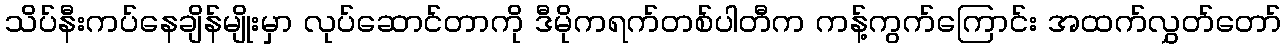
သိပ်နီးကပ်နေချိန်မျိုးမှာ လုပ်ဆောင်တာကို ဒီမိုကရက်တစ်ပါတီက ကန့်ကွက်ကြောင်း အထက်လွှတ်တော်